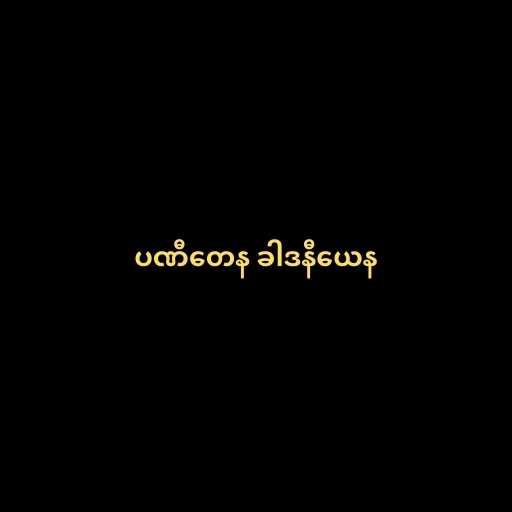
ပဏီတေန ခါဒနီယေန